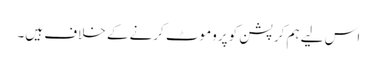
اس لیے ہم کرپشن کو پروموٹ کرنے کے خلاف ہیں۔